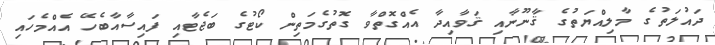
ދައުލަތުގެ މާލިއްޔަތުގެ ޤާނޫނާއި ޤަވާއިދާ އެއްގޮތްވާ ގޮތުގެމަތިން ކޯޓުގެ ބަޖެޓާއި ފައިސާއާބެހޭ އެއްމެހައި